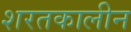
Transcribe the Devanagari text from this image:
शरतकालीन